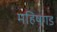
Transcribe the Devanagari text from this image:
महिषगड